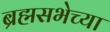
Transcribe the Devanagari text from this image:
ब्रह्मसभेच्या